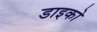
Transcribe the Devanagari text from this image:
डाइको